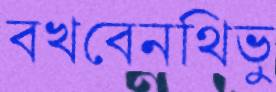
বখবেনথিভু